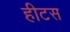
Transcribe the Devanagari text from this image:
हीटस